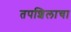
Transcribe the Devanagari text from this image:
तपशिलाचा